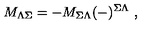
M _ { \Lambda \Sigma } = - M _ { \Sigma \Lambda } ( - ) ^ { \Sigma \Lambda } \ ,